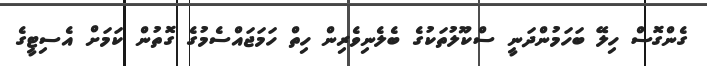
ގެންގޮސް ހިލޭ ބަހަމުންދަނީ ސްކޫލުތަކުގެ ބެލެނިވެރިން ހިތް ހަމަޖައްސެމުގެ ގޮތުން ކަމަށް އެސިޓީގެ